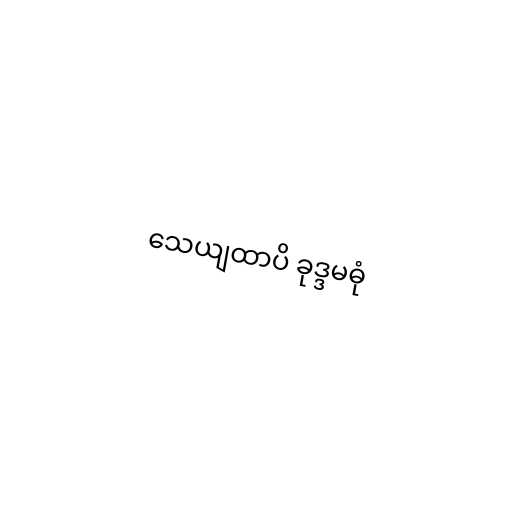
သေယျထာပိ ခုဒ္ဒမဓုံ